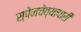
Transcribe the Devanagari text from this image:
स्पेनचेव्यापारी